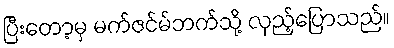
ပြီးတော့မှ မက်ဇင်မ်ဘက်သို့ လှည့်ပြောသည်။